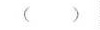
( )